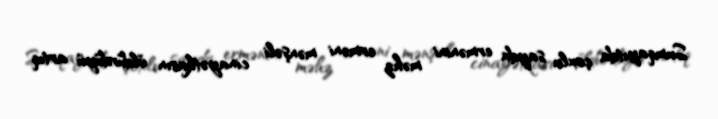
Sumqayıtda çoxlu sayda ermənini məhz erməni mənşəli cinayətkarın öldürdüyü artıq